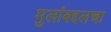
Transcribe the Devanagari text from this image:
मुलांबद्दलचा